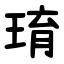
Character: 㻙